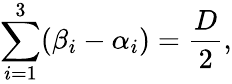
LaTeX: \sum_{i=1}^{3}(\beta_{i}-\alpha_{i})=\frac{D}{2},